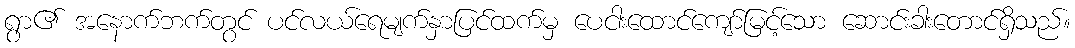
ရွာ၏ အနောက်ဘက်တွင် ပင်လယ်ရေမျက်နှာပြင်ထက်မှ ပေငါးထောင်ကျော်မြင့်သော ဆောင်းခါးတောင်ရှိသည်။